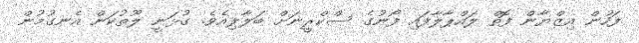
ފަހުން އިޒްޔާން ފޮތް ލައްޕާލާފައި ފޯނުގެ ސްކްރީނަށް ބަލާލިއެވެ. ގުޅަނީ ލޫތުކަން އެނގުމުން